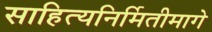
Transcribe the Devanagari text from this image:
साहित्यनिर्मितीमागे